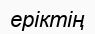
еріктің